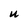
Character: U